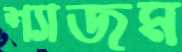
শ্যাজম